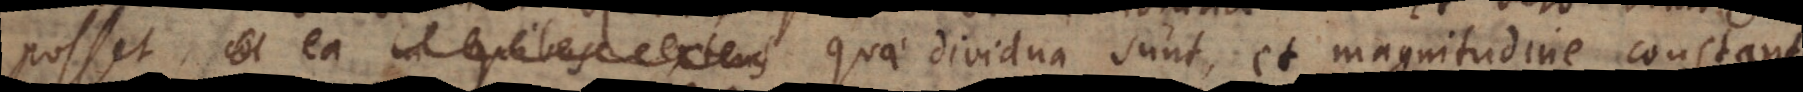
posset, co ea in quibus extens quae dividua sunt, et magnitudine constant,